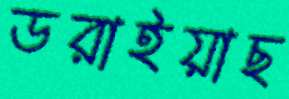
ডরাইয়াছ